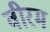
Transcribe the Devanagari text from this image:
वीरम